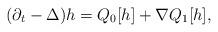
LaTeX: \begin{align*}(\partial_t - \Delta)h = Q_0[h] + \nabla Q_1[h],\end{align*}